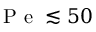
\mathrm { ~ P ~ e ~ } \lesssim 5 0